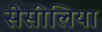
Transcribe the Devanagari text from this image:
सेसीलिया